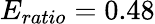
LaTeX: E_{ratio}=0.48